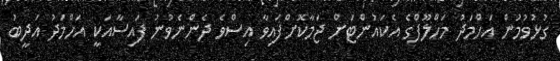
ގުޅުވުމުން އަހްމަދު މަހްލޫފްގެ އެކައުންޓަށް ޖަމާކޮށްފައިވާ އިސްވެ ދެންނެވުނު ފައިސާއަކީ އަހްމަދު އަދީބު